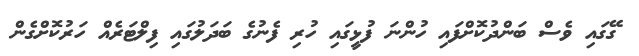
ގޭގައި ވެސް ބަންދުކޮށްފައި ހުންނަ ފުޅީގައި ހުރި ފެނުގެ ބަދަލުގައި ފިލްޓަރެއް ހަރުކޮށްގެން